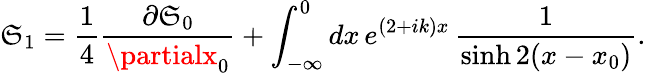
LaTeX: \mathfrak{S}_{1}=\frac{{1}}{{4}}\frac{{\partial\mathfrak{S}_{0}}}{{\partialx_{0}}}+\int_{-\infty}^{0}dx\, e^{(2+ik)x}\, \frac{{1}}{{\sinh2(x-x_{0})}}.